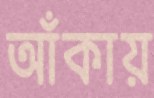
আঁকায়